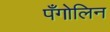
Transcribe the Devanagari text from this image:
पँगोलिन